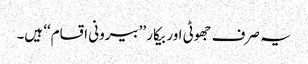
یہ صرف جھوٹی اور بیکار ’’بیرونی اقسام‘‘ ہیں۔